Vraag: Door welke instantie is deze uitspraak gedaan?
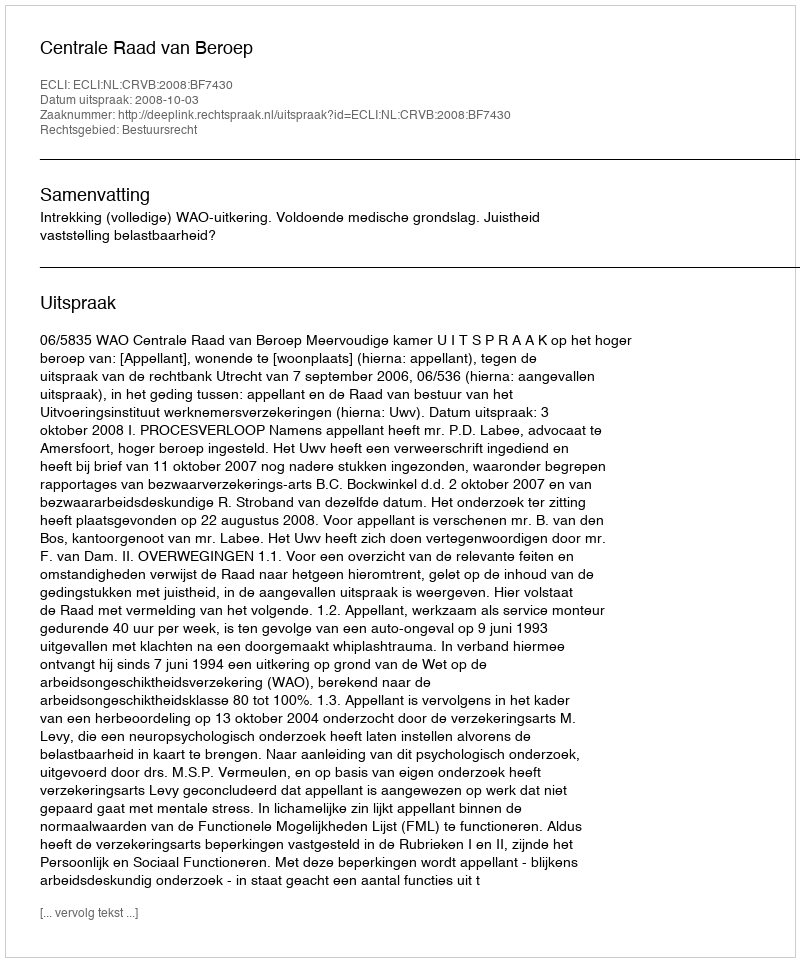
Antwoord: Centrale Raad van Beroep